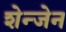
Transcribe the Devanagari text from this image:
शेन्जेन